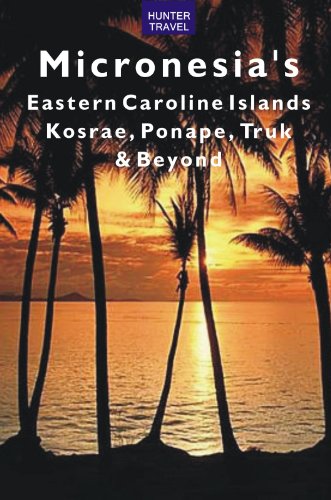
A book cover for Micronesia's Eastern Caroline Islands: Kosrae, Ponape, Truk & Beyond (Travel Adventures); Thomas Booth; Travel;